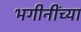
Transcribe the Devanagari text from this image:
भगीनींच्या